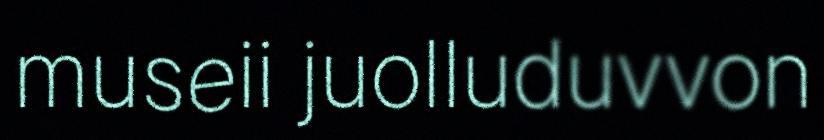
museii juolluduvvon